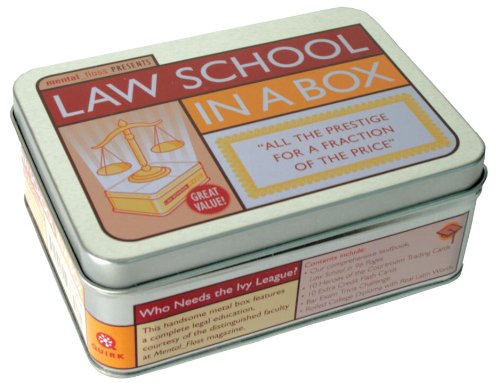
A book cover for Law School in a Box; mental_floss; Test Preparation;